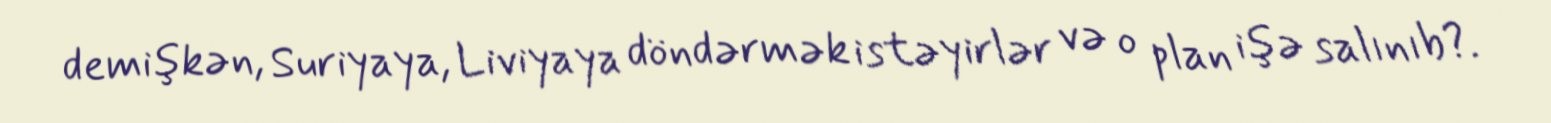
demişkən, Suriyaya, Liviyaya döndərmək istəyirlər və o plan işə salınıb?.